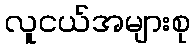
လူငယ်အများစု